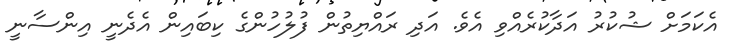
އެކަމަށް ޝުކުރު އަދާކުރެއްވި އެވެ. އަދި ރައްޔިތުން ފުލުހުންގެ ކިބައިން އެދެނީ އިންސާނީ